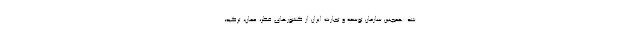
شد. همچنین سازمان توسعه و تجارت ایران از کشورهای قطر، عمان، ترکیه،